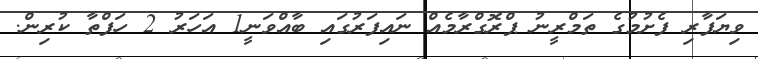
ވިޔަފާރި ފެށުމުގެ ތަމްރީނު ޕްރޮގްރާމެއް ނައިފަރުގައި ބާއްވަނީ1 އަހަރު 2 ހަފްތާ ކުރިން.